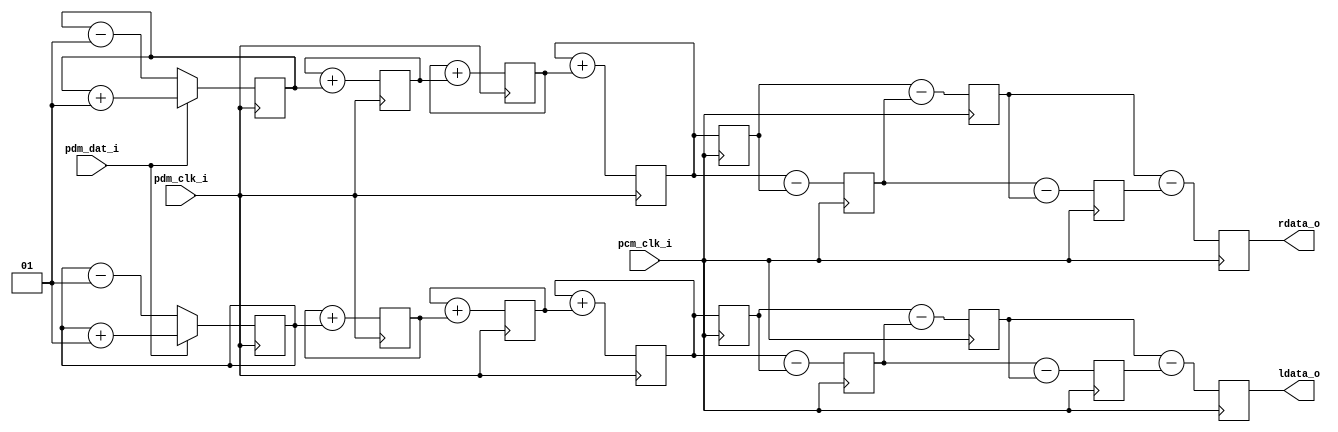
`timescale 1ns/10ps

//   pdm.v
//   Support RTL related to demodulation of digital mic PDM data streams
//
//   Copyright 2024 Brady Etz
//
//   Licensed under the Apache License, Version 2.0 (the "License");
//   you may not use this file except in compliance with the License.
//   You may obtain a copy of the License at
//
//     http://www.apache.org/licenses/LICENSE-2.0
//
//   Unless required by applicable law or agreed to in writing, software
//   distributed under the License is distributed on an "AS IS" BASIS,
//   WITHOUT WARRANTIES OR CONDITIONS OF ANY KIND, either express or implied.
//   See the License for the specific language governing permissions and
//   limitations under the License.

// PDM CIC Decimator
// Converts a two-wire PDM interface to left and right output data.
// The downconversion/decimation ratio, R, is set by (f_PDM / f_PCM) from the external clocks.
// N sets the number of cascaded stages, defaulting to 4 stages.
// Output data width is controlled by DataWidth, defaulting to 24 bits.
//   *** This width should be at least (N * log2(R) + 2) to avoid noise from truncation.
//
// PDM left/right channels are assigned per the following table:
// | Channel | SELECT | Data Changes On | Data Valid On |
// | ------- | ------ | --------------- | ------------- |
// | Left    | VDD/1  | Rising CLK      | Falling CLK   |
// | Right   | GND/0  | Falling CLK     | Rising CLK    |
//
// A CIC filter topology is a good first stage for high decimation ratios. 
// It is an area-efficient way to downsample with so-so antialiasing built in.
// It passes the binary data through N integrators.
// It passes the integrated data through N differentiators (comb stages) at a reduced clock.
// This provides a coarse low-pass response and inexpensive downsampling.
// 
// * This design assumes synchronous consumption of the output with the input clock edge.
//   There is no ready/valid handshaking on the output side.
//   *** pdm_clk_i AND pcm_clk_i MUST BE SYNCHRONOUS.
// * Both channels are processed together on pcm_clk_i after downsampling. 
//   This delays one channel by one half-cycle of pdm_clk_i relative to the other channel.
//   The delayed channel depends on the phase of pcm_clk_i relative to pdm_clk_i.
// * To reduce area and simplify startup, this design is a stream with undefined initial state. 
//   It assumes no detrimental effects from bad data on startup for the first (N+1)*R PDM clock cycles.
// 
module pdm_cic_decimator #(
  parameter DataWidth = 24, // Integer >= 2
  parameter N = 4 // Number of cascaded integrators/combs, positive integer
) (
  input                             pdm_clk_i, pdm_dat_i,
  input                             pcm_clk_i,
  output reg signed [DataWidth-1:0] ldata_o, rdata_o
);
  integer i;
  reg signed [DataWidth-1:0] int_l[N-1:0], int_r[N-1:0];
  always @(negedge pdm_clk_i) begin // Left channel integrator stages
    int_l[0] <= pdm_dat_i ? int_l[0]+1 : int_l[0]-1;
    for (i = 1; i < N; i = i+1) begin
      int_l[i] <= int_l[i] + int_l[i-1];
    end
  end
  always @(posedge pdm_clk_i) begin // Right channel integrator stages
    int_r[0] <= pdm_dat_i ? int_r[0]+1 : int_r[0]-1;
    for (i = 1; i < N; i = i+1) begin
      int_r[i] <= int_r[i] + int_r[i-1];
    end
  end
  
  reg signed [DataWidth-1:0] diff_l[N-1:0], diff_r[N-1:0];
  generate // Left channel comb stages
  if (N > 1) begin
    always @(posedge pcm_clk_i) begin
      diff_l[0] <= int_l[N-1];
      diff_l[1] <= int_l[N-1] - diff_l[0];
      for (i = 2; i < N; i = i+1) begin
        diff_l[i] <= diff_l[i-2] - diff_l[i-1];
      end
      ldata_o <= diff_l[N-2] - diff_l[N-1];
    end
  end else begin
    always @(posedge pcm_clk_i) begin
      diff_l[0] <= int_l[0];
      ldata_o <= int_l[0] - diff_l[0];
    end
  end
  endgenerate
  generate // Right channel comb stages
  if (N > 1) begin
    always @(posedge pcm_clk_i) begin
      diff_r[0] <= int_r[N-1];
      diff_r[1] <= int_r[N-1] - diff_r[0];
      for (i = 2; i < N; i = i+1) begin
        diff_r[i] <= diff_r[i-2] - diff_r[i-1];
      end
      rdata_o <= diff_r[N-2] - diff_r[N-1];
    end
  end else begin
    always @(posedge pcm_clk_i) begin
      diff_r[0] <= int_r[0];
      rdata_o <= int_r[0] - diff_r[0];
    end
  end
  endgenerate
endmodule // pdm_cic_decimator

// DC Offset Remover
// Calculates and removes the steady-state DC offset from a PCM stream
// The module uses an accumulator in a negative feedback loop to store an offset estimate.
// The accumulator uses a data width of twice the input/output width.
// Signals which do not change over many cycles set the offset estimate.
// 
module dc_offset_remover #(
  parameter DataWidth = 24 // Positive integer
) (
  input                         pcm_clk_i,
  input  signed [DataWidth-1:0] data_i,
  output signed [DataWidth-1:0] data_o // Output data is not clocked to save area
);
  reg signed [2*DataWidth-1:0] acc_r;
  always @(posedge pcm_clk_i) begin
    acc_r <= acc_r + { {DataWidth{data_o[DataWidth-1]}}, data_o };
  end
  
  assign data_o = data_i - acc_r[2*DataWidth-1:DataWidth];
endmodule //dc_offset_remover